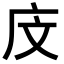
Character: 𪪍